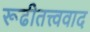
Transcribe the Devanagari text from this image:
रूढीतत्त्ववाद